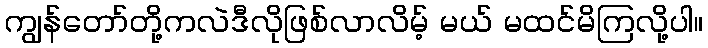
ကျွန်တော်တို့ကလဲဒီလိုဖြစ်လာလိမ့် မယ် မထင်မိကြလို့ပါ။